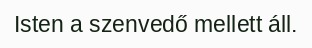
Isten a szenvedő mellett áll.